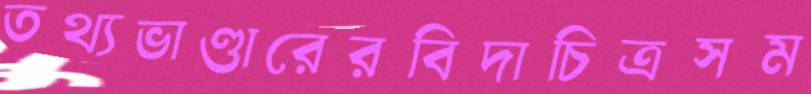
তথ্যভাণ্ডারেরবিদাচিত্রসম